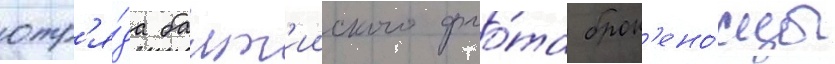
отр'я́да балт'ииского фло́та брон'ено́сцы